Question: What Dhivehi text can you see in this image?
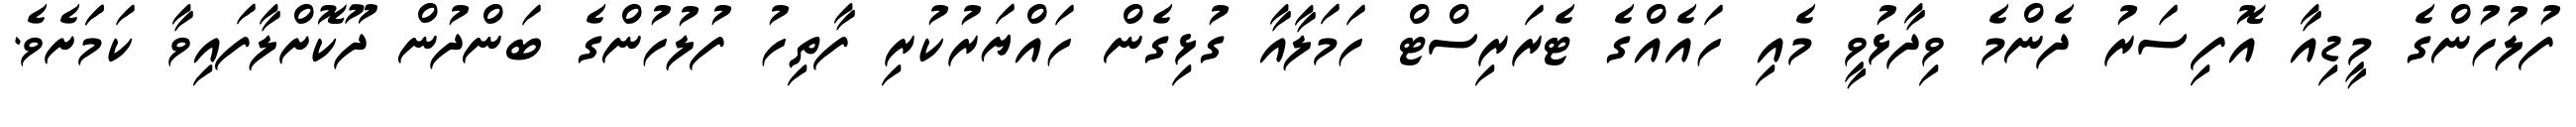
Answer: ފުލުހުންގެ މީޑިއާ އޮފިސަރު ދެންމެ ވިދާޅުވީ މެއި ހައެއްގެ ޓެރަރިސްޓް ހަމަލާއާ ގުޅިގެން ހައްޔަރުކުރި ފާތިހު ފުލުހުންގެ ބަންދުން ދޫކޮށްލާފައިވާ ކަމަަށެވެ.